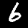
Digit: 6